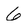
Character: 6